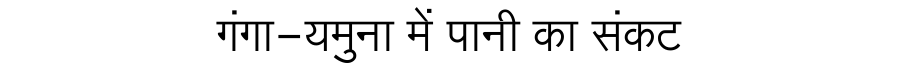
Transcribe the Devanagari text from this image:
गंगा-यमुना में पानी का संकट